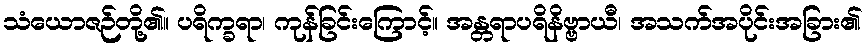
သံယောဇဉ်တို့၏။ ပရိက္ခရာ၊ ကုန်ခြင်းကြောင့်။ အန္တရာပရိနိဗ္ဗာယီ၊ အသက်အပိုင်းအခြား၏